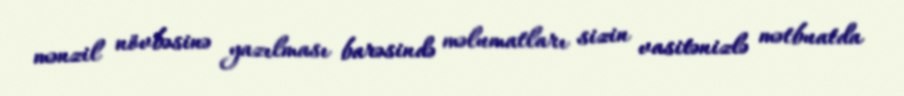
mənzil növbəsinə yazılması barəsində məlumatları sizin vasitənizlə mətbuatda